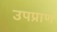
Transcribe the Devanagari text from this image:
उपप्राण